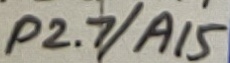
Text: P2.7/A15